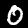
Digit: 0